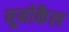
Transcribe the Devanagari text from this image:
यूनोकैल